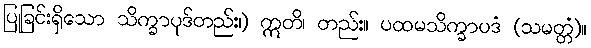
ပြုခြင်းရှိသော သိက္ခာပုဒ်တည်း၊) ဣတိ၊ တည်း။ ပထမသိက္ခာပဒံ (သမတ္တံ)။